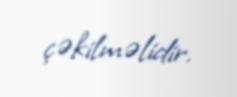
çəkilməlidir.